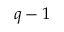
q - 1